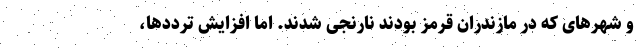
و شهرهای که در مازندران قرمز بودند نارنجی شدند. اما افزایش ترددها،